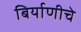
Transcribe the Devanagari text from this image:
बिर्याणीचे